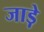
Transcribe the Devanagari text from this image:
जाड़े़